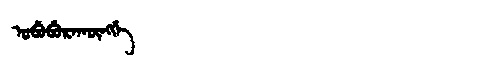
Manchu: ᠣᠪᡠᠪᡠᡵᠠᡴᡡᠩᡤᡝ
Romanization: OBUBURAKŪNGGE